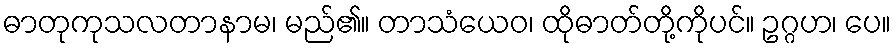
ဓာတုကုသလတာနာမ၊ မည်၏။ တာသံယေဝ၊ ထိုဓာတ်တို့ကိုပင်။ ဥဂ္ဂဟ၊ ပေ။